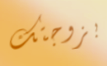
بزوجتك